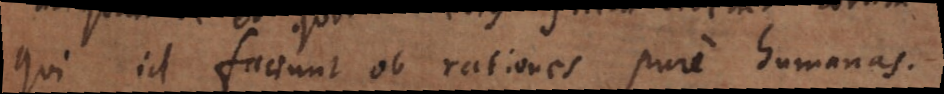
qui id faciunt ob rationes pure humanas.